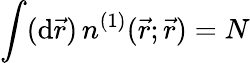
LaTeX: {\int(\mathrm{d}\vec{r})\, n^{(1)}(\vec{r};\vec{r})=N}